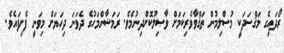
ރޯދައިގެ މަޤްސަދަކީ މުސްލިމުން ތަޤްވާވެރިކަމަށް ވާޞިލުކޮށްދިނުމެވެ. ރަމަޟާންމަހުގެ ދެވަނަ ދިހަޔަށް މިވަނީ ފެށިފައެވެ.